65_HS1-834228961_62-HQ-83894_Section_9
Agency: FBI
Page 181
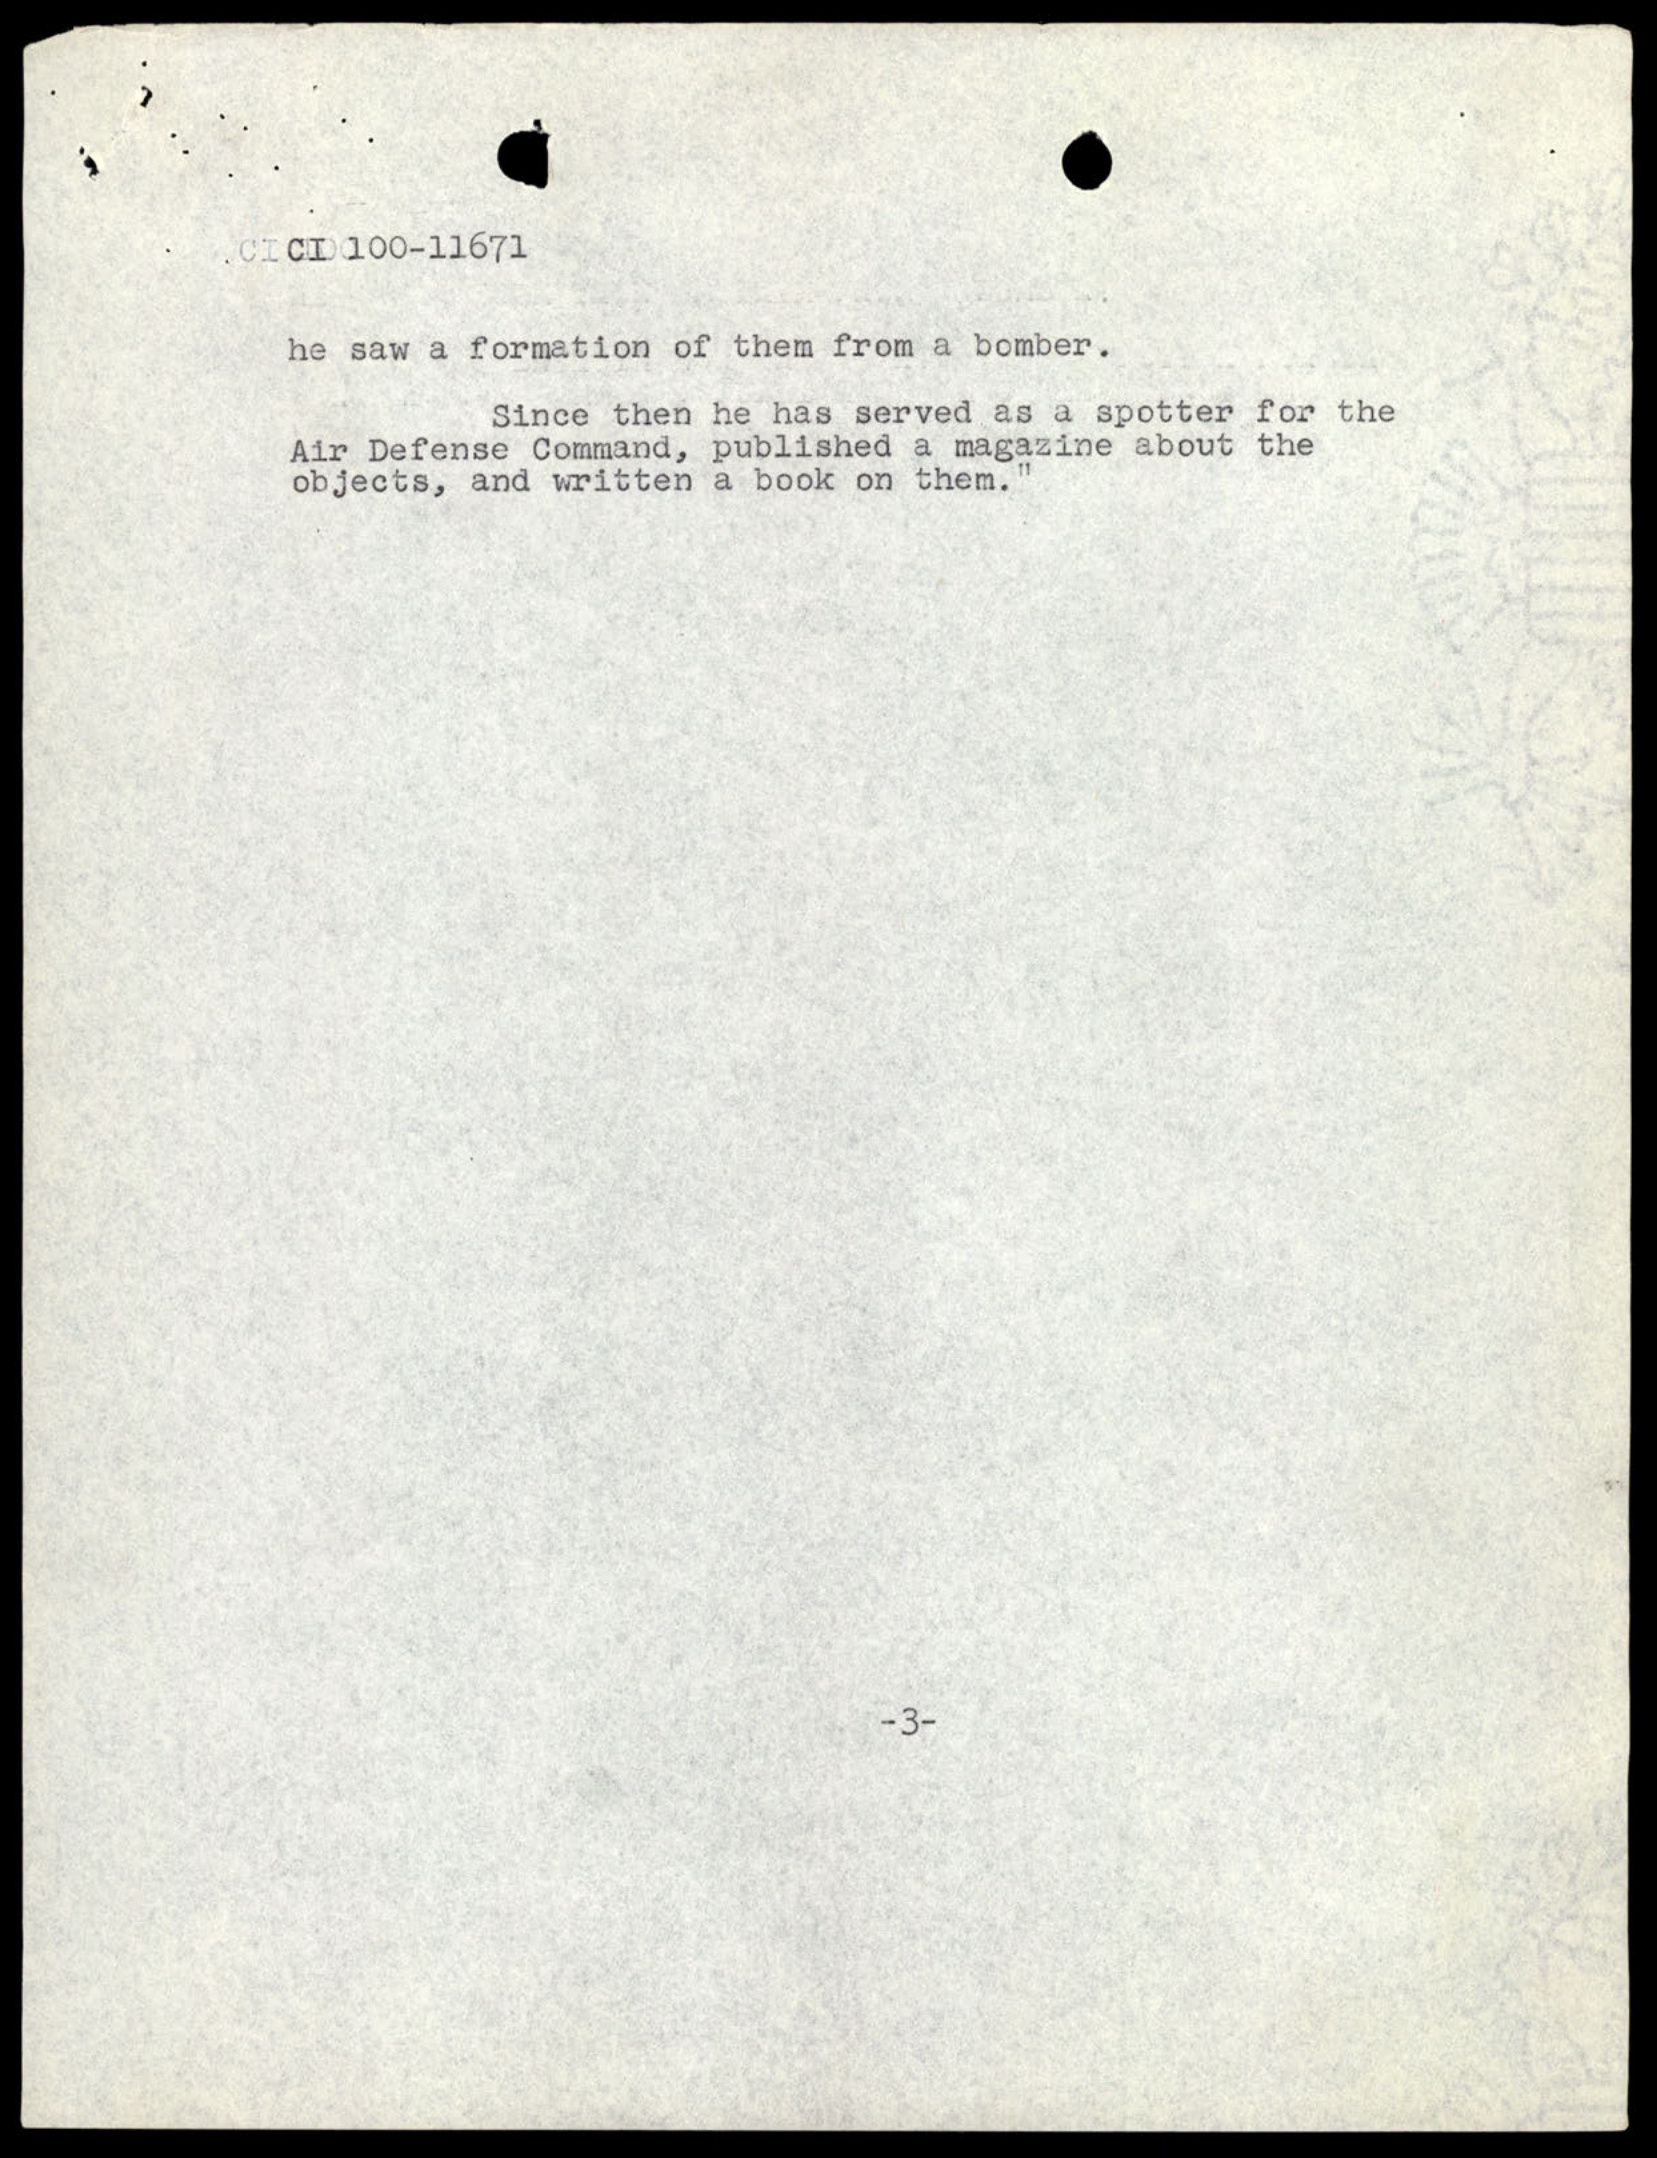